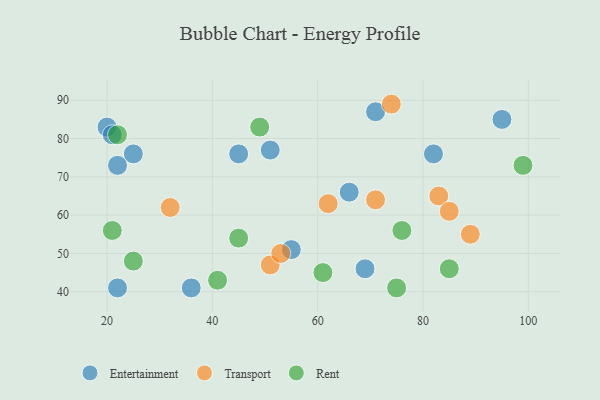
{"axis": {"x": "GDP", "y": "Life Expectancy"}, "legend": ["Entertainment", "Rent", "Transport"], "data": [{"x": "71", "y": 87, "type": "Entertainment"}, {"x": "55", "y": 51, "type": "Entertainment"}, {"x": "69", "y": 46, "type": "Entertainment"}, {"x": "82", "y": 76, "type": "Entertainment"}, {"x": "22", "y": 41, "type": "Entertainment"}, {"x": "95", "y": 85, "type": "Entertainment"}, {"x": "36", "y": 41, "type": "Entertainment"}, {"x": "20", "y": 83, "type": "Entertainment"}, {"x": "66", "y": 66, "type": "Entertainment"}, {"x": "25", "y": 76, "type": "Entertainment"}, {"x": "51", "y": 77, "type": "Entertainment"}, {"x": "21", "y": 81, "type": "Entertainment"}, {"x": "22", "y": 73, "type": "Entertainment"}, {"x": "45", "y": 76, "type": "Entertainment"}, {"x": "51", "y": 47, "type": "Transport"}, {"x": "83", "y": 65, "type": "Transport"}, {"x": "62", "y": 63, "type": "Transport"}, {"x": "89", "y": 55, "type": "Transport"}, {"x": "74", "y": 89, "type": "Transport"}, {"x": "53", "y": 50, "type": "Transport"}, {"x": "71", "y": 64, "type": "Transport"}, {"x": "32", "y": 62, "type": "Transport"}, {"x": "85", "y": 61, "type": "Transport"}, {"x": "49", "y": 83, "type": "Rent"}, {"x": "76", "y": 56, "type": "Rent"}, {"x": "85", "y": 46, "type": "Rent"}, {"x": "61", "y": 45, "type": "Rent"}, {"x": "22", "y": 81, "type": "Rent"}, {"x": "45", "y": 54, "type": "Rent"}, {"x": "41", "y": 43, "type": "Rent"}, {"x": "21", "y": 56, "type": "Rent"}, {"x": "25", "y": 48, "type": "Rent"}, {"x": "75", "y": 41, "type": "Rent"}, {"x": "99", "y": 73, "type": "Rent"}]}